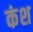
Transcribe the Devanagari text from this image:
कंश